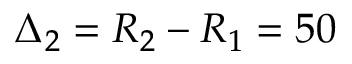
\Delta _ { 2 } = R _ { 2 } - R _ { 1 } = 5 0